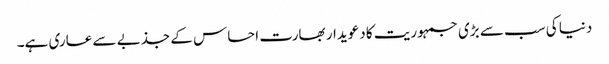
دنیا کی سب سے بڑی جمہوریت کا دعویدار بھارت احساس کے جذبے سے عاری ہے۔